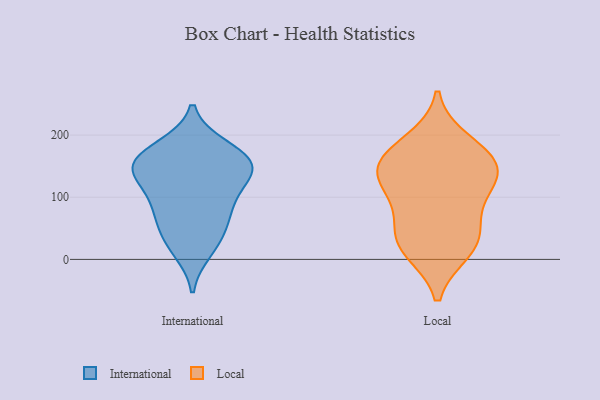
{"axis": {"x": "Demand Index", "y": "Value"}, "legend": ["International", "Local"], "data": [{"x": "", "y": 179, "type": "International"}, {"x": "", "y": 155, "type": "International"}, {"x": "", "y": 181, "type": "International"}, {"x": "", "y": 102, "type": "International"}, {"x": "", "y": 81, "type": "International"}, {"x": "", "y": 138, "type": "International"}, {"x": "", "y": 150, "type": "International"}, {"x": "", "y": 102, "type": "International"}, {"x": "", "y": 146, "type": "International"}, {"x": "", "y": 51, "type": "International"}, {"x": "", "y": 14, "type": "International"}, {"x": "", "y": 27, "type": "International"}, {"x": "", "y": 155, "type": "International"}, {"x": "", "y": 146, "type": "International"}, {"x": "", "y": 64, "type": "International"}, {"x": "", "y": 33, "type": "Local"}, {"x": "", "y": 24, "type": "Local"}, {"x": "", "y": 114, "type": "Local"}, {"x": "", "y": 154, "type": "Local"}, {"x": "", "y": 15, "type": "Local"}, {"x": "", "y": 156, "type": "Local"}, {"x": "", "y": 161, "type": "Local"}, {"x": "", "y": 135, "type": "Local"}, {"x": "", "y": 108, "type": "Local"}, {"x": "", "y": 59, "type": "Local"}, {"x": "", "y": 189, "type": "Local"}]}